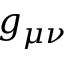
g _ { \mu \nu }